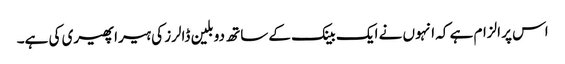
اس پر الزام ہے کہ انہوں نے ایک بینک کے ساتھ دو بلین ڈالرز کی ہیرا پھیری کی ہے۔